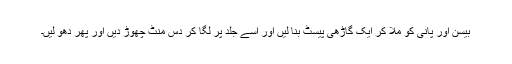
بیسن اور پانی کو مِلا کر ایک گاڑھی پیسٹ بنا لیں اور اسے جلد پر لگا کر دس منٹ چھوڑ دیں اور پھر دھو لیں۔